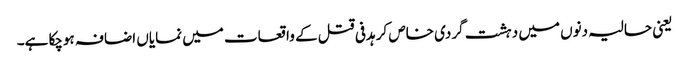
یعنی حالیہ دنوں میں دہشت گردی خاص کر ہدفی قتل کے واقعات میں نمایاں اضافہ ہوچکا ہے۔